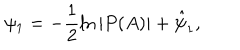
\psi _ { 1 } = - \frac { 1 } { 2 } \ln | P ( A ) | + \hat { \psi } _ { 1 } ,